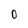
Character: O